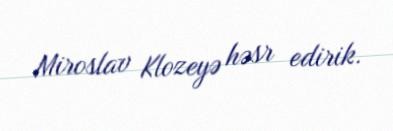
Miroslav Klozeyə həsr edirik.